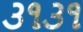
૩૧૩૧